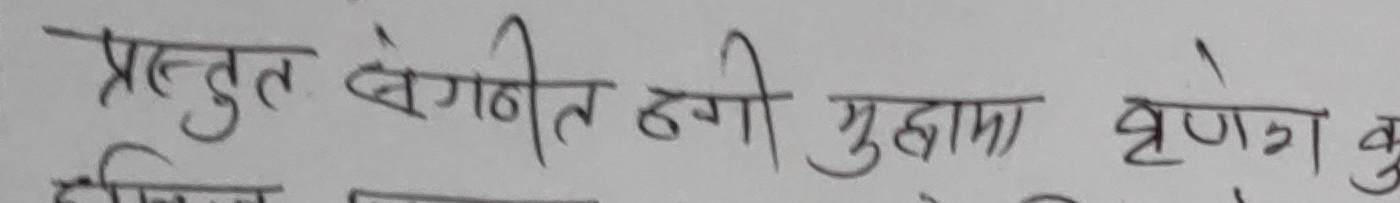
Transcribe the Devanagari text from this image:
प्रस्तुत बेगणित ठगी गुदाम व्रण कु